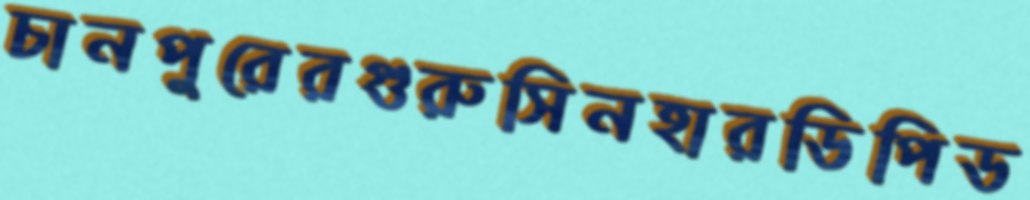
চানপুরেরগুরুসিনহারডিপিড